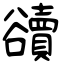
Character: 豄